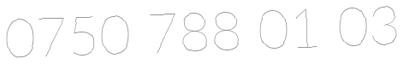
0750 788 01 03